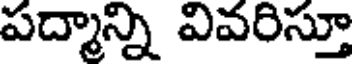
పద్మాన్ని వివరిస్తూ